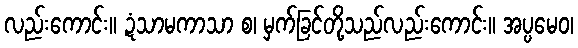
လည်းကောင်း။ ဍံသာမကာသာ စ၊ မှက်ခြင်တို့သည်လည်းကောင်း။ အပ္ပမေဝ၊